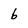
Character: 6